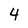
Character: 4